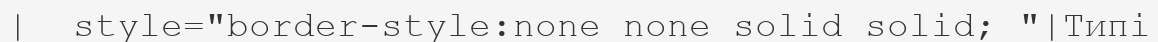
|  style="border-style:none none solid solid; "|Типі